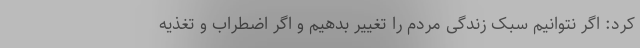
کرد: اگر نتوانیم سبک زندگی مردم را تغییر بدهیم و اگر اضطراب و تغذیه